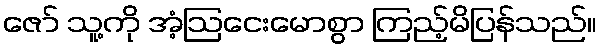
ဇော် သူ့ကို အံ့ဩငေးမောစွာ ကြည့်မိပြန်သည်။